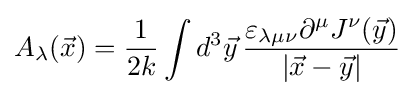
A_{\lambda }({\vec {x}})={\frac {1}{2k}}\int d^{3}{\vec {y}}\,{\frac {\varepsilon _{\lambda \mu \nu }\partial ^{\mu }J^{\nu }({\vec {y}})}{|{\vec {x}}-{\vec {y}}|}}